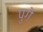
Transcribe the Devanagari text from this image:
पुगे